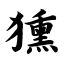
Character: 獯